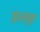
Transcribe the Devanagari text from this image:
इंस्तांबुल